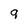
Character: 9